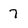
Character: 7